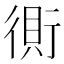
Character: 𰳫